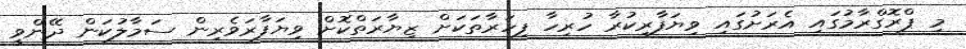
މި ޕްރޮގްރާމުގައި އެރަށުގައި ވިޔަފާރިކުރާ ހުރިހާ ފިހަރާތަކަށް ޒިޔާރަތްކޮށް ވިޔަފާރަވެރިން ސަމާލުކަން ދޭންވީ